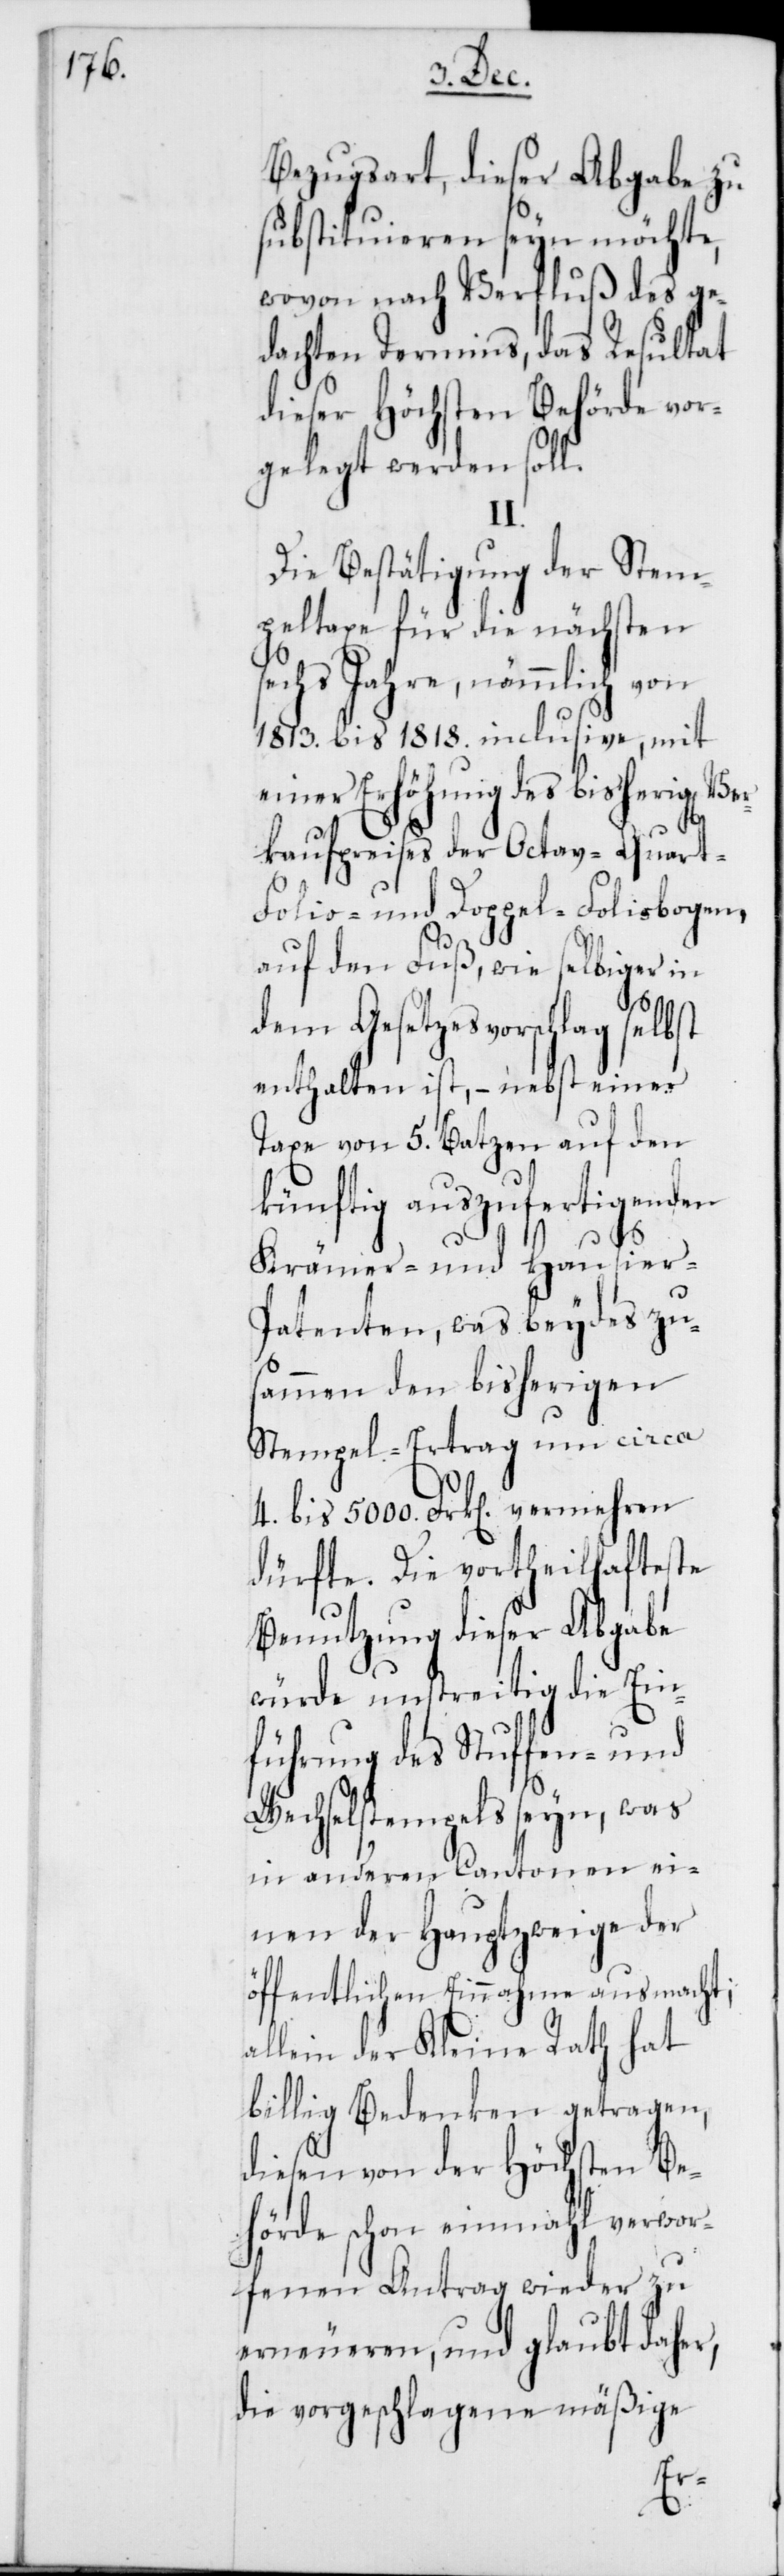
Bezugsart, dieser Abgabe zu
substituieren seyn möchte,
wovon nach Verfluß des ge¬
dachten Termins, das Resultat
dieser Höchsten Behörde vor¬
gelegt werden soll.
II.
Die Bestätigung der Stem¬
peltaxe für die nächsten
sechs Jahre, nämmlich von
1813. bis 1818. inclusive, mit
einer Erhöhung des bisherigen Ver¬
4.
kaufspreises der Octav-[,]
Folio- und Doppel-Foliobogen,
auf den Fuß, wie selbiger in
dem Gesetzesvorschlag selbst
enthalten ist, – nebst einer
Taxe von 5. Batzen auf den
künftig auszufertigenden
Krämer- und Hausier-P¬
atenten, was beydes zu¬
sammen den bisherigen
Stempel-Ertrag um circa
bis 5000. Frk[en] vermehren
dürfte. Die vortheilhafteste
Benutzung dieser Abgabe
würde unstreitig die Ein¬
führung des Stuffen- und
Wechselstempels seyn, was
in anderen Cantonen ei¬
nen der Hauptzweige der
öffentlichen Einnahme ausmacht;
allein der Kleine Rath hat
billig Bedenken getragen,
diesen von der Höchsten Be¬
hörde schon einmahl verwor¬
fenen Antrag wieder zu
erneueren, und glaubt daher,
die vorgeschlagene mäßige